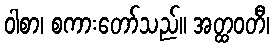
ဝါစာ၊ စကားတော်သည်။ အတ္ထဝတီ၊